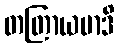
တတြာယမာဒိ